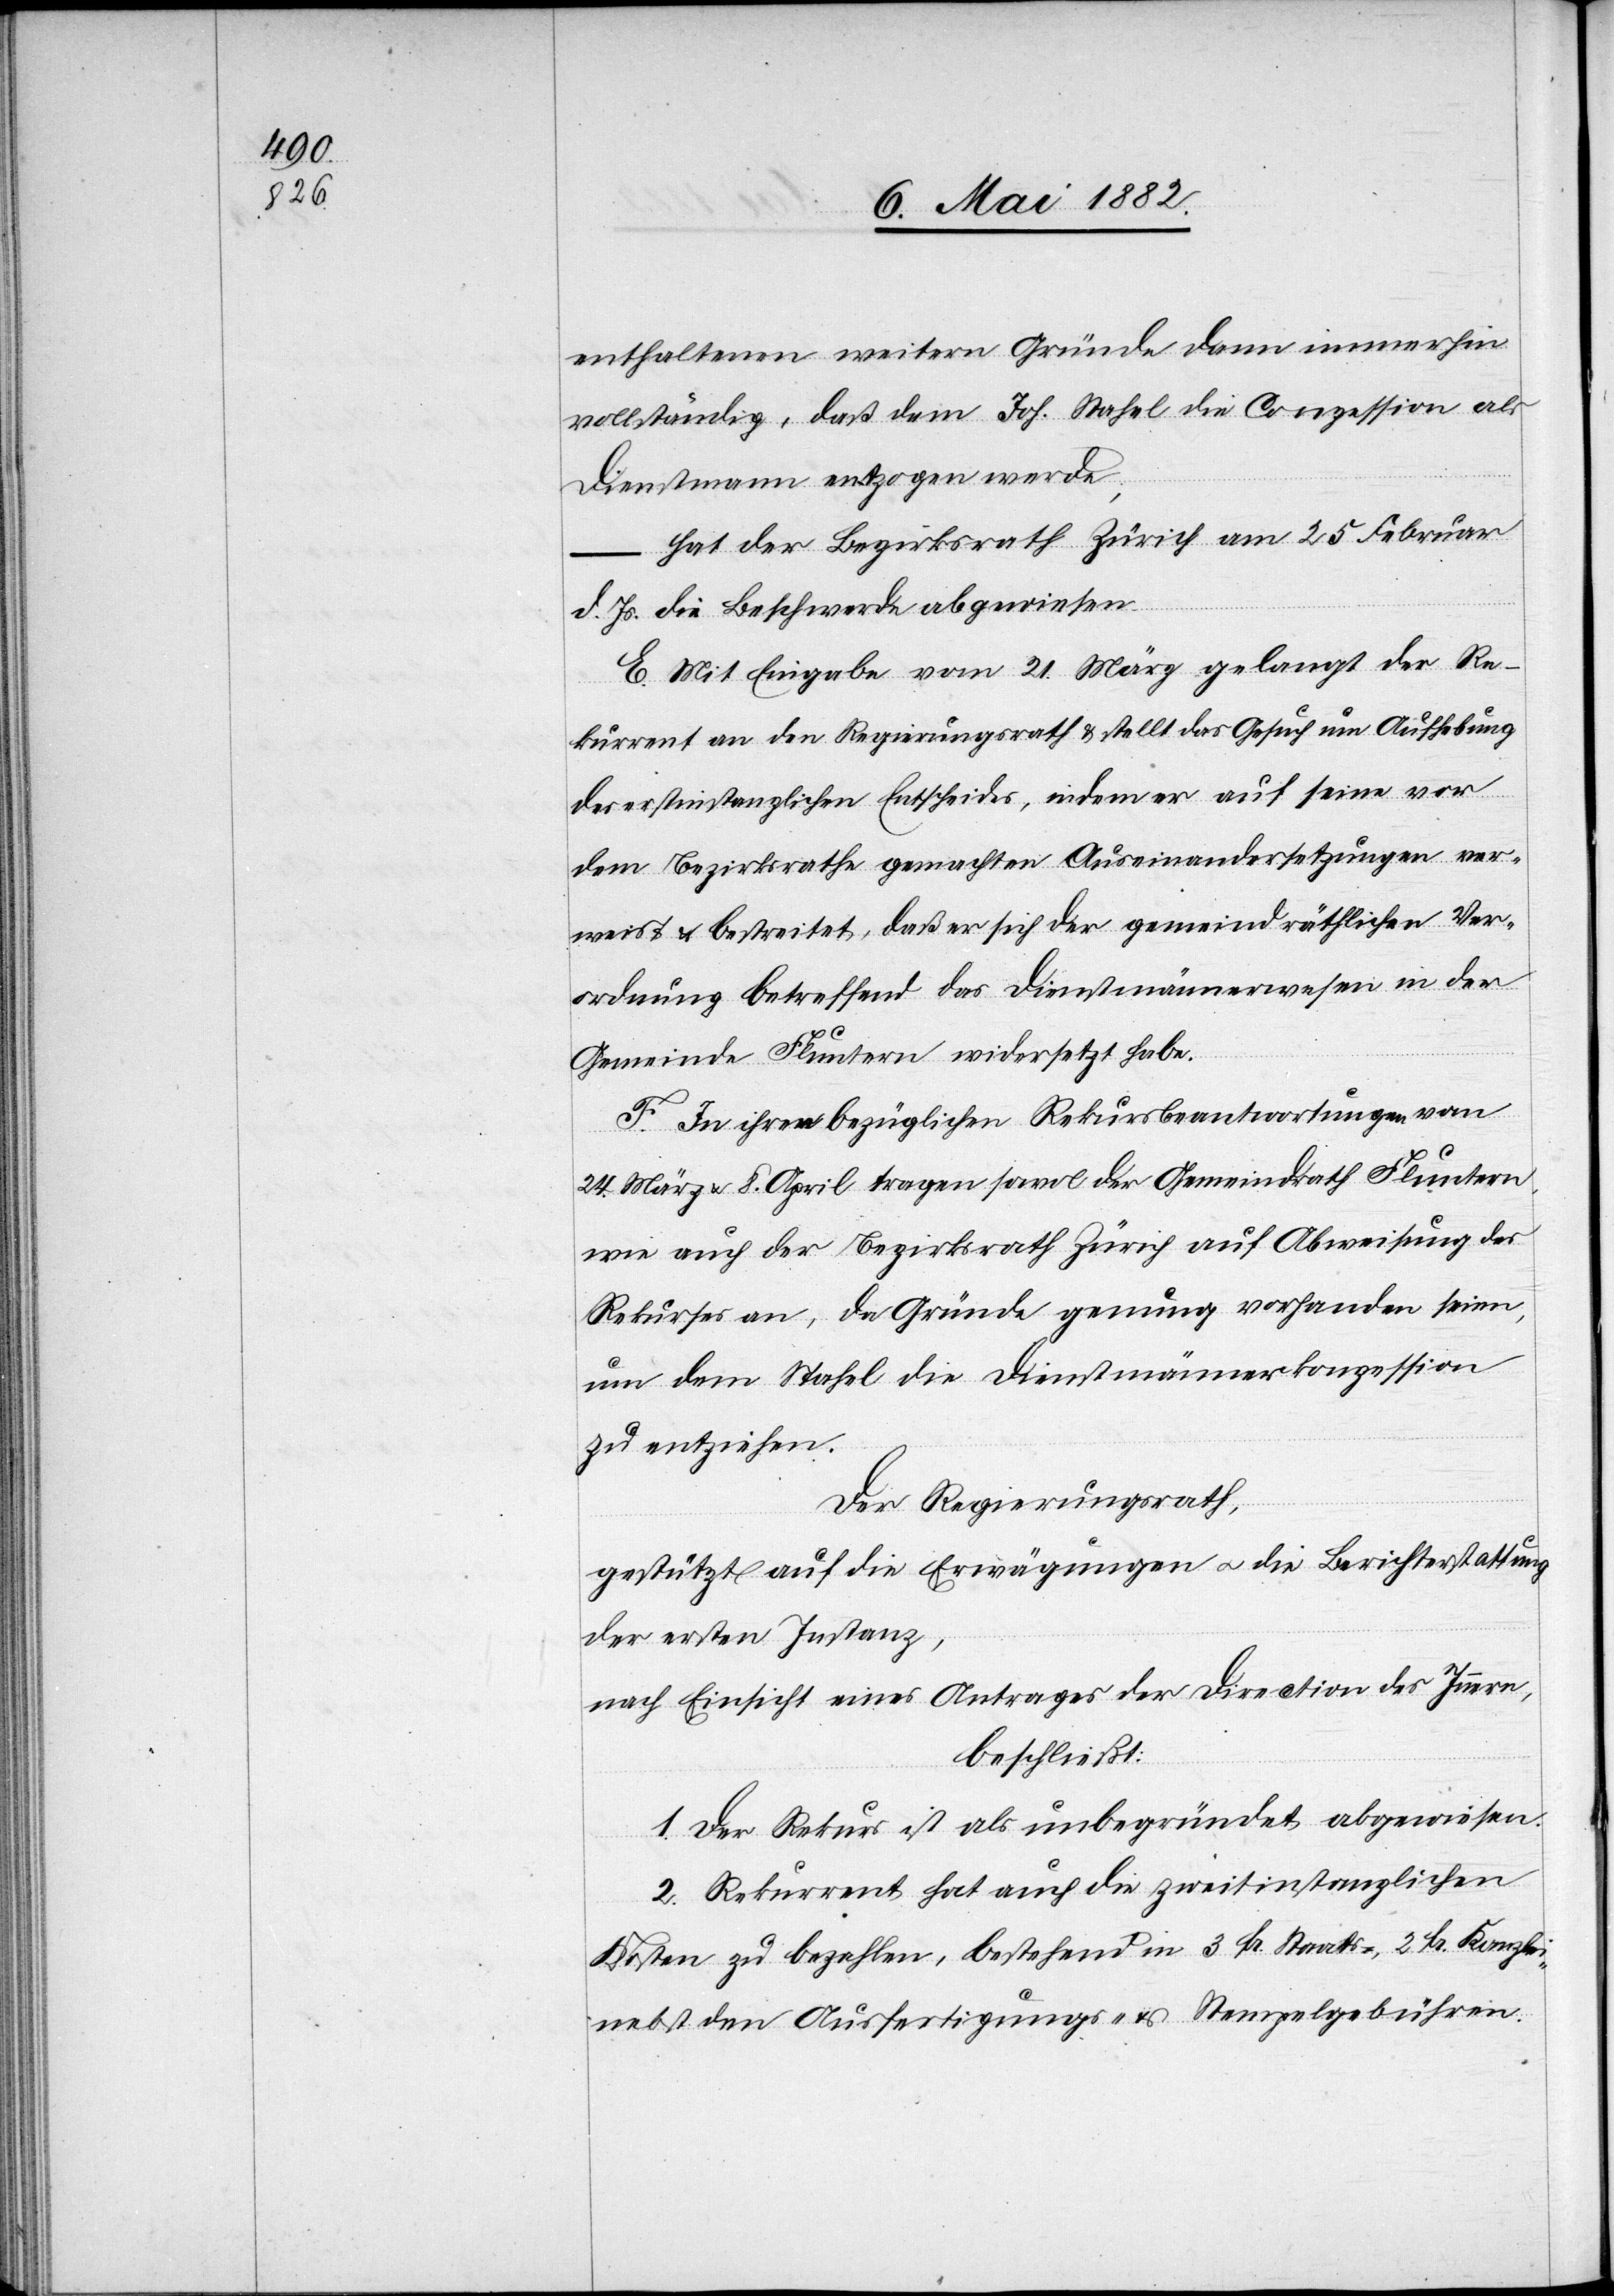
enthaltenen weitern Gründe dann immerhin
vollständig, daß dem Joh. Stahel die Conzession als
Dienstmann entzogen werde
hat der Bezirksrath Zürich am 25. Februar
d. Js. die Beschwerde abgewiesen.
E. Mit Eingabe vom 21. März gelangt der Re¬
kurrent an den Regierungsrath & stellt das Gesuch um Aufhebung
des erstinstanzlichen Entscheides, indem er auf seine vor
dem Bezirksrathe gemachten Auseinandersetzungen ver¬
weist & bestreitet, daß er sich der gemeindräthlichen Ver¬
ordnung betreffend das Dienstmännerwesen in der
Gemeinde Fluntern widersetzt habe.
F. In ihren bezüglichen Rekursbeantwortungen vom
24. März & 8. April tragen sowol der Gemeindrath Fluntern,
wie auch der Bezirksrath Zürich auf Abweisung des
Rekurses an, da Gründe genug vorhanden seien,
um dem Stahel die Dienstmännerkonzession
zu entziehen.
Der Regierungsrath,
gestützt auf die Erwägungen u. die Berichterstattung
der ersten Instanz,
nach Einsicht eines Antrages der Direction des Innern,
beschließt:
1. Der Rekurs ist als unbegründet abgewiesen.
2. Rekurrent hat auch die zweitinstanzlichen
Kosten zu bezahlen, bestehend in 3 Fr. Staats-, 2 Fr. Kanzlei-
nebst den Ausfertigungs- & Stempelgebühren.